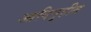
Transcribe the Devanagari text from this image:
आदिगृहीत